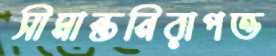
সীমান্তনিরাপত্ত